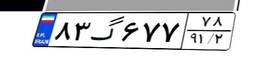
۸۳گ۶۷۷۷۸